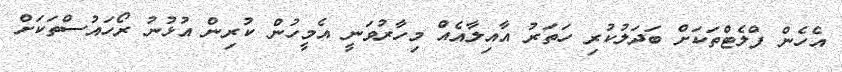
އެހެން ފްލެޓްތަކަށް ބަދަލުކުރި ހަތަރު އާއިލާއެއް މިހާރުވަނީ އެމީހުން ކުރިން އުޅުނު ރޯހައުސްތަކަށް